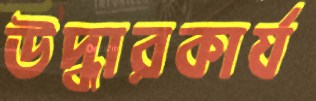
উদ্ধারকার্য